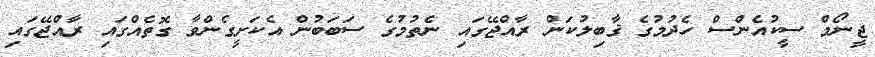
ޖީނޯމް ސީކުއެންސް ހެދުމުގެ ޤާބިލުކަން ރާއްޖޭގައި ނެތުމުގެ ސަބަބުން އެކަށީގެންވާ ގޮތެއްގައި ރާއްޖޭގައި